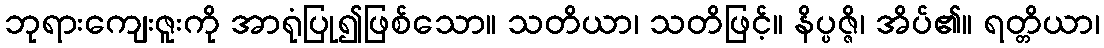
ဘုရားကျေးဇူးကို အာရုံပြု၍ဖြစ်သော။ သတိယာ၊ သတိဖြင့်။ နိပ္ပဇ္ဇိ၊ အိပ်၏။ ရတ္တိယာ၊